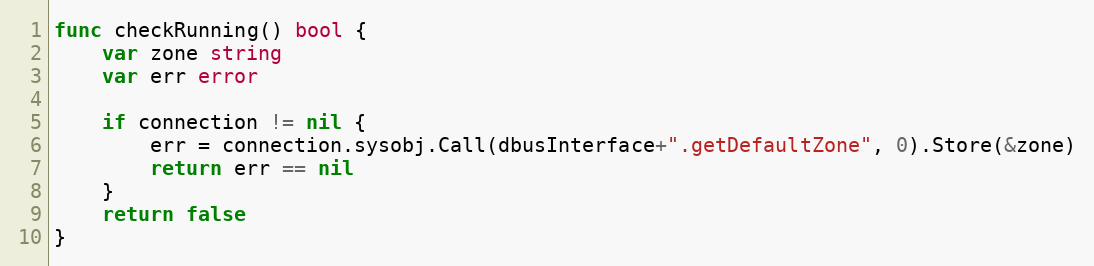
Language: Go
func checkRunning() bool {
	var zone string
	var err error

	if connection != nil {
		err = connection.sysobj.Call(dbusInterface+".getDefaultZone", 0).Store(&zone)
		return err == nil
	}
	return false
}